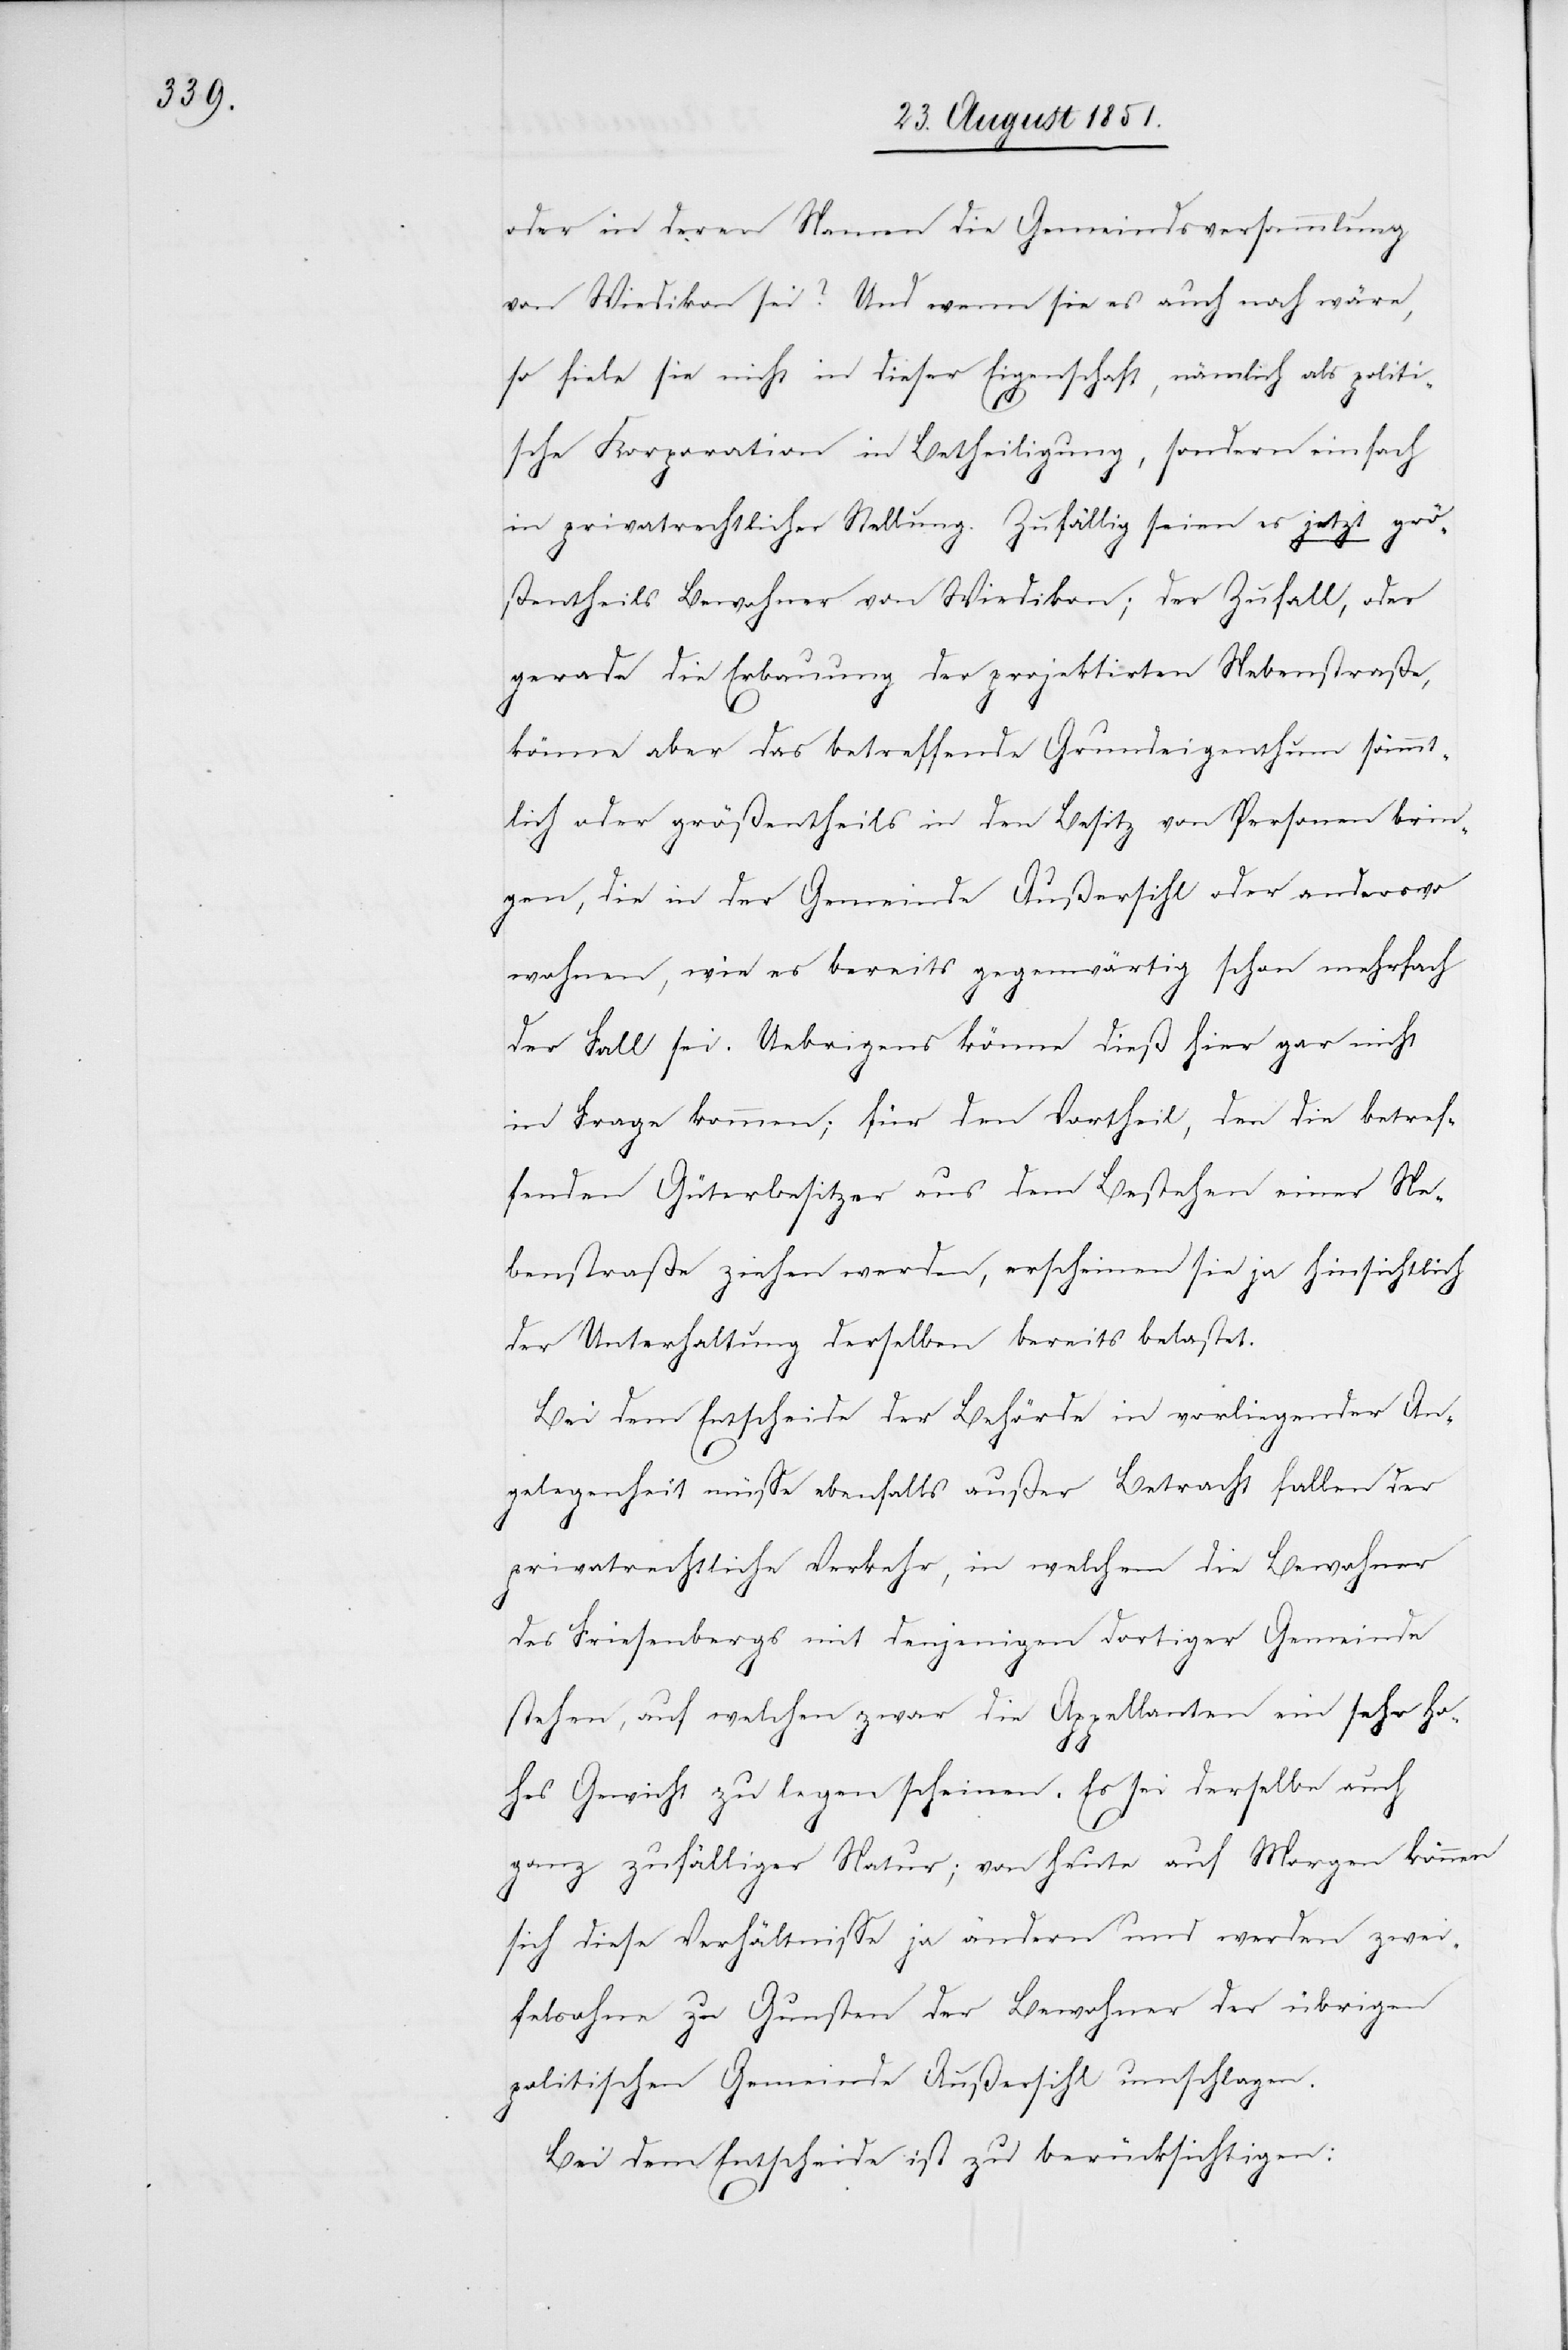
oder in deren Namen die Gemeindsversammlung
von Wiedikon sei? Und wenn sie es auch noch wäre,
so fiele sie nicht in dieser Eigenschaft, nämlich als politi¬
sche Korporation in Betheiligung, sondern einfach
in privatrechtlicher Stellung. Zufällig seien es jetzt grö¬
ßentheils Bewohner von Wiedikon; der Zufall, oder
gerade die Erbauung der projektirten Nebenstraße,
könne aber das betreffende Grundeigenthum sämmt¬
lich oder größentheils in den Besitz von Personen brin¬
gen, die in der Gemeinde Außersihl oder anderswo
wohnen, wie es bereits gegenwärtig schon mehrfach
der Fall sei. Uebrigens könne dieß hier gar nicht
in Frage kommen; für den Vortheil, den die betref¬
fenden Güterbesitzer aus dem Bestehen einer Ne¬
benstraße ziehen werden, erscheinen sie ja hinsichtlich
der Unterhaltung derselben bereits belastet.
Bei dem Entscheide der Behörde in vorliegender An¬
gelegenheit müsse ebenfalls außer Betracht fallen der
privatrechtliche Verkehr, in welchem die Bewohner
des Friesenbergs mit denjenigen dortiger Gemeinde
stehen, auf welchen zwar die Appellanten ein sehr ho¬
hes Gewicht zu legen scheinen. Es sei derselbe auch
ganz zufälliger Natur; von heute auf Morgen können
sich diese Verhältnisse ja ändern und werden zwei¬
felsohne zu Gunsten der Bewohner der übrigen
politischen Gemeinde Außersihl umschlagen.
Bei dem Entscheide ist zu berücksichtigen: